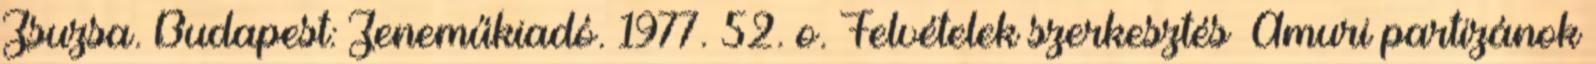
Zsuzsa. Budapest: Zeneműkiadó. 1977. 52. o. Felvételek szerkesztés Amuri partizánok